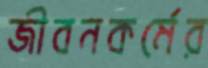
জীবনকর্মের